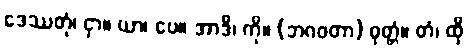
ဒေဿတုံ၊ ငှာ။ ယာ၊ ပေ။ အာဒိ၊ ကို။ (ဘဂဝတာ) ဝုတ္တံ။ တံ၊ ထို